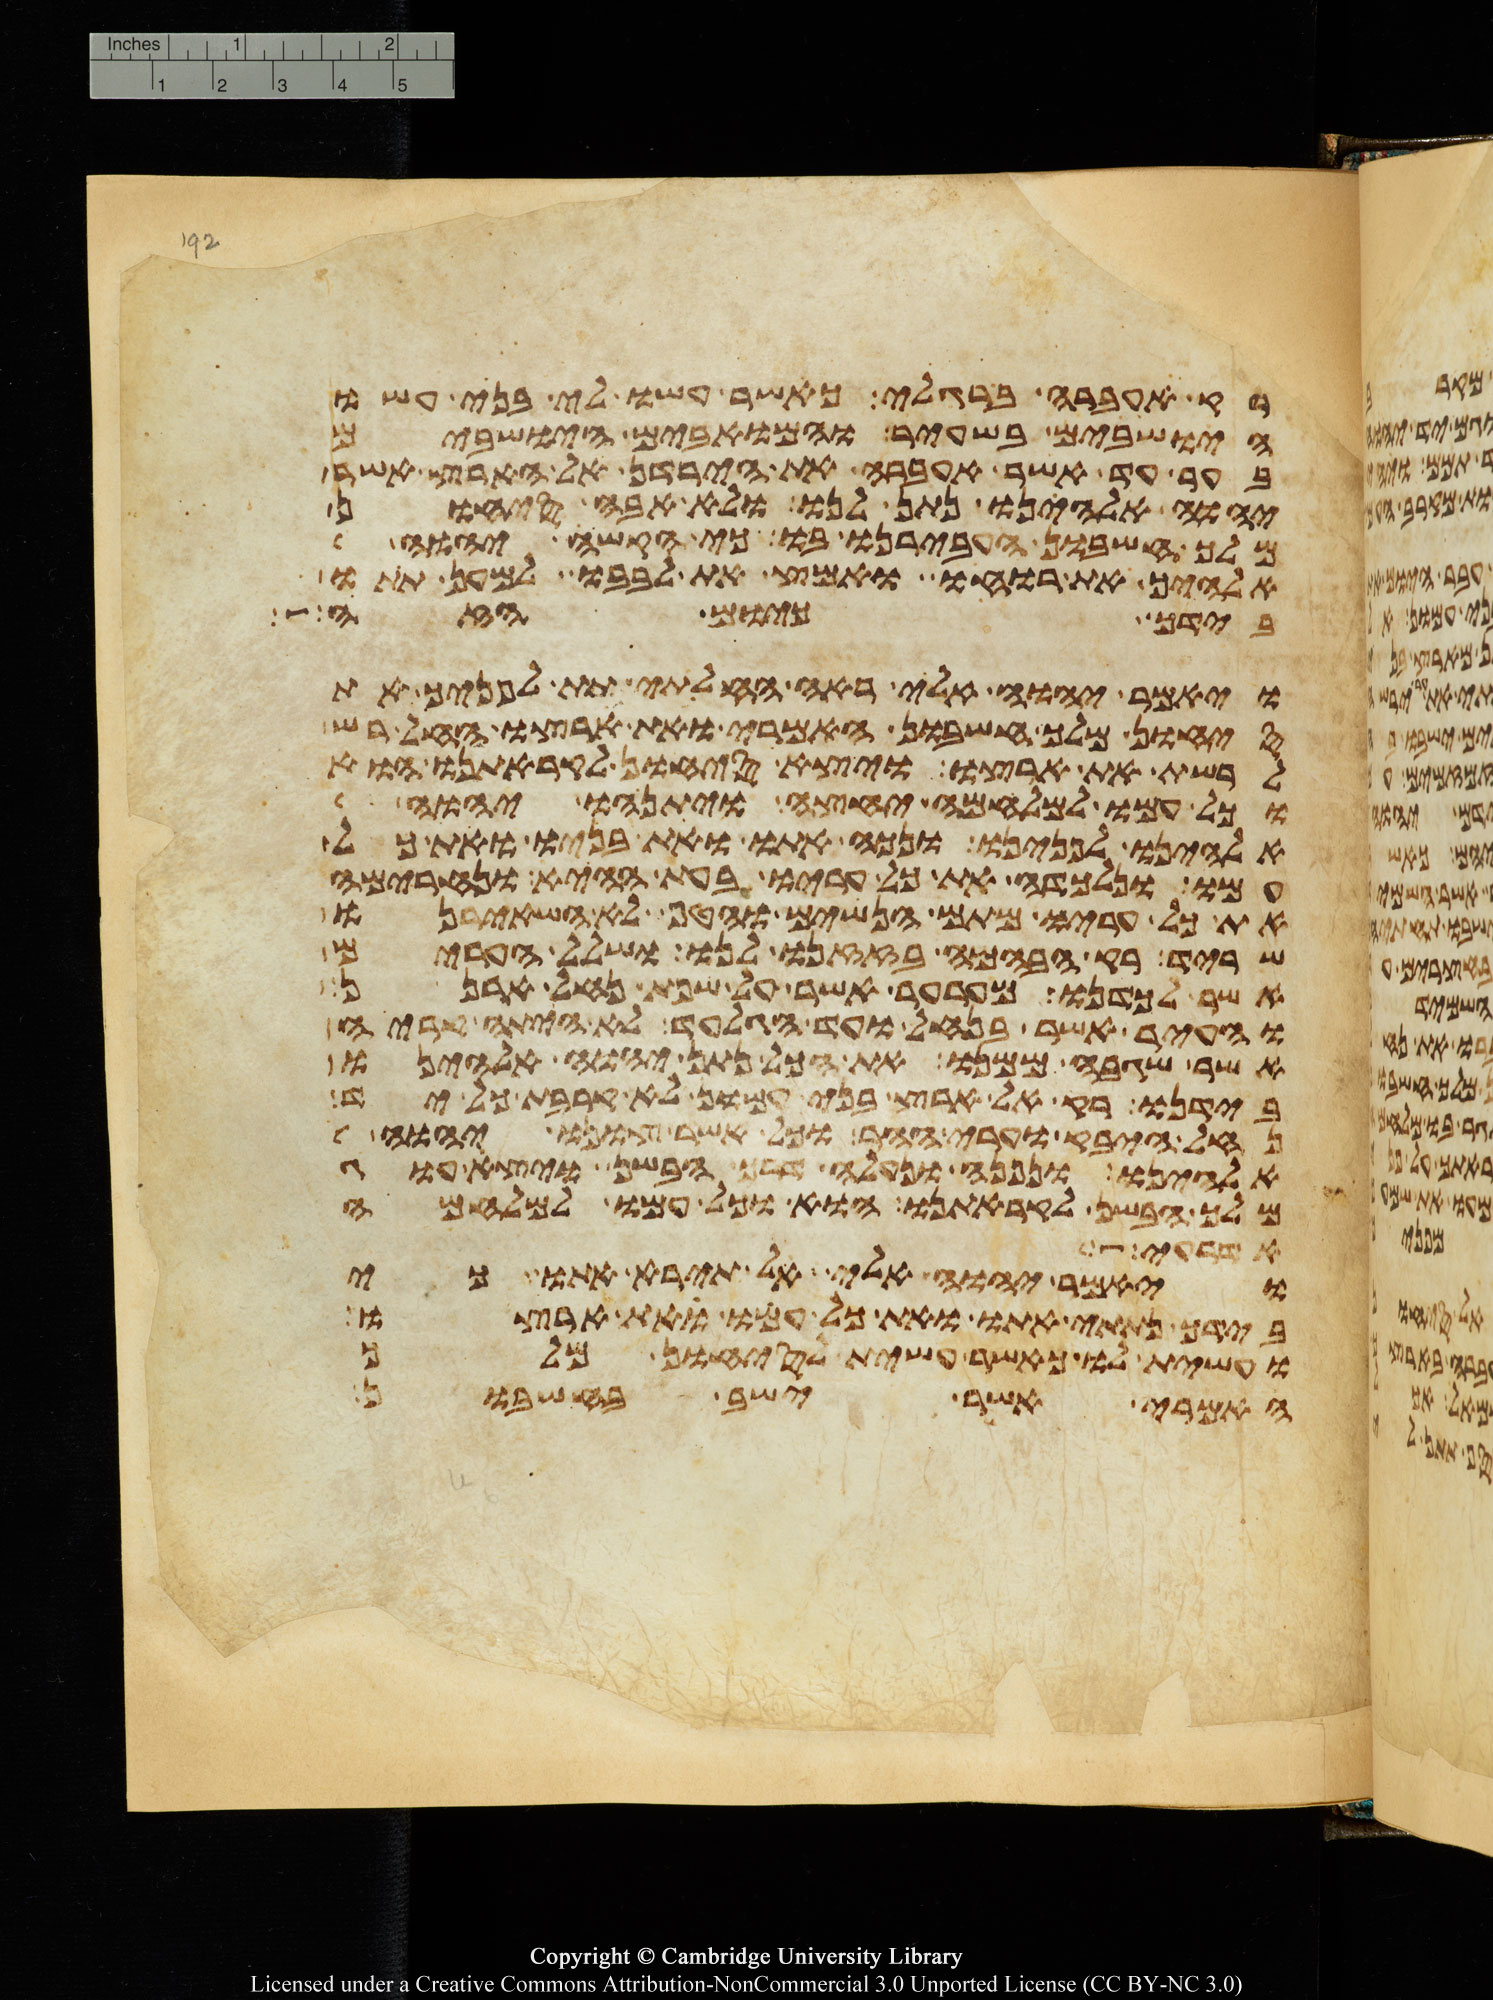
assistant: רק אעברה ברגלי כאשר עשו לי בני עשו
הישבים בשעיר והמואבים הישבים
בער עד אשר אעברה את הירדן אל הארץ אשר
יהוה אלהינו נתן לנו ולא אבה סיחון
מלך חשבון העבירנו בו כי הקשה יהוה
אלהיך את רוחו ואמץ את לבבו למען תתו
בידך כיום הזה
ויאמר יהוה אלי ראה החלתי תת לפניך את
סיחון מלך חשבון האמרי ואת ארצו החל רש
לרשת את ארצו ויצא סיחון לקראתנו הוא
וכל עמו למלחמה יחצה ויתנהו יהוה
אלהינו לפנינו ונכה אתו ואת בניו ואת כל
עמו ונלכדה את כל עריו בעת ההיא ונחרימה
את כל עריו מתם הנשים והטף לא השאירנו
שריד רק הבהמה בזזנו לנו ושלל הערים
אשר לכדנו מערער אשר על שפת נחל ארנן
והעיר אשר בנחל ועד הגלעד לא היתה קריה
אשר שגבה ממנו את הכל נתן יהוה אלהינו
בידנו רק אל ארץ בני עמון לא קרבת כל יד
נחל היבק וערי ההר וכל אשר צונו יהוה
אלהינו ונפנה ונעלה דרך הבשן ויצא עוג
מלך הבשן לקראתנו הוא וכל עמו למלחמה
אדרעי
ויאמר יהוה אלי אל תירא אתו כי
בידך נתתי אתו ואת כל עמו ואת ארצו
ועשית לו כאשר עשית לסיחון מלך
האמרי אשר ישב בחשבון